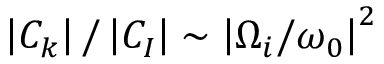
\left| C _ { k } \right| / \left| C _ { I } \right| \sim \left| \Omega _ { i } / \omega _ { 0 } \right| ^ { 2 }